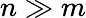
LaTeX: n\gg m